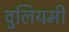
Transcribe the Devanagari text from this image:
वुलियमी